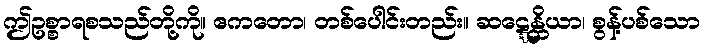
ဤဥစ္စာရစသည်တို့ကို။ ဧကတော၊ တစ်ပေါင်းတည်း။ ဆဋ္ဋေန္တိယာ၊ စွန့်ပစ်သော